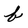
Character: b